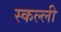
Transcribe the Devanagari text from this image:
स्कल्ली